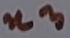
Text: n3